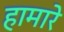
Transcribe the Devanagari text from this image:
हामारे